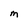
Character: M